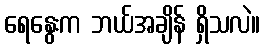
ရေနွေးက ဘယ်အချိန် ရှိသလဲ။